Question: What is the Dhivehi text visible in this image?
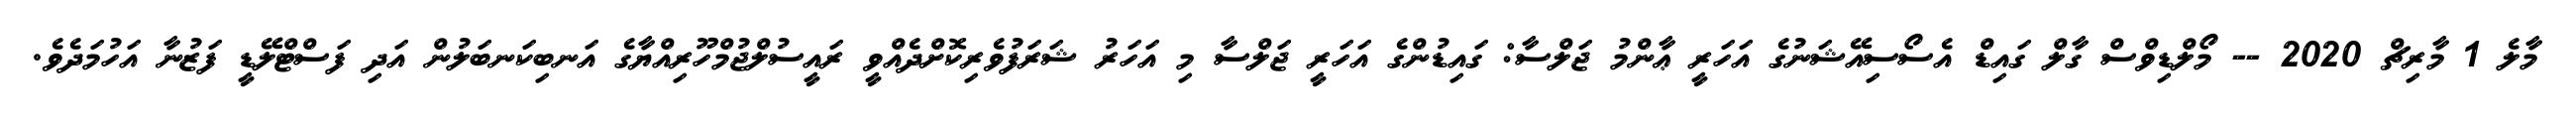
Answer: މާލެ 1 މާރިޗް 2020 -- މޯލްޑިވްސް ގާލް ގައިޑް އެސޯސިއޭޝަނުގެ އަހަރީ ޢާންމު ޖަލްސާ: ގައިޑުންގެ އަހަރީ ޖަލްސާ މި އަހަރު ޝަރަފުވެރިކޮށްދެއްވީ ރައީސުލްޖުމްހޫރިއްޔާގެ އަނބިކަނބަލުން އަދި ފަސްޓްލޭޑީ ފަޒުނާ އަހުމަދެވެ.